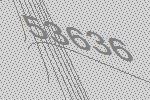
53636